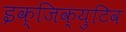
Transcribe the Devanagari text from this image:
इक्जिक्युटिव